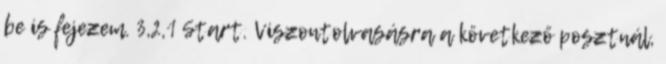
be is fejezem. 3,2,1 Start. Viszontolvasásra a következő posztnál,